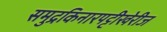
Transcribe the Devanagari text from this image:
समुद्रकिनारपट्टीखेरीज